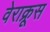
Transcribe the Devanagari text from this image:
वेराक्रूस